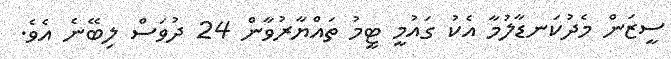
ސީޒަން މެދުކަނޑާލުމާ އެކު ގައުމީ ޓީމު ތައްޔާރުވާން 24 ދުވަސް ލިބޭނެ އެވެ.